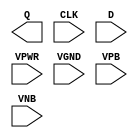
/**
 * Copyright 2020 The SkyWater PDK Authors
 *
 * Licensed under the Apache License, Version 2.0 (the "License");
 * you may not use this file except in compliance with the License.
 * You may obtain a copy of the License at
 *
 *     https://www.apache.org/licenses/LICENSE-2.0
 *
 * Unless required by applicable law or agreed to in writing, software
 * distributed under the License is distributed on an "AS IS" BASIS,
 * WITHOUT WARRANTIES OR CONDITIONS OF ANY KIND, either express or implied.
 * See the License for the specific language governing permissions and
 * limitations under the License.
 *
 * SPDX-License-Identifier: Apache-2.0
 */

`ifndef SKY130_FD_SC_MS__DFXTP_PP_BLACKBOX_V
`define SKY130_FD_SC_MS__DFXTP_PP_BLACKBOX_V

/**
 * dfxtp: Delay flop, single output.
 *
 * Verilog stub definition (black box with power pins).
 *
 * WARNING: This file is autogenerated, do not modify directly!
 */

`timescale 1ns / 1ps
`default_nettype none

(* blackbox *)
module sky130_fd_sc_ms__dfxtp (
    Q   ,
    CLK ,
    D   ,
    VPWR,
    VGND,
    VPB ,
    VNB
);

    output Q   ;
    input  CLK ;
    input  D   ;
    input  VPWR;
    input  VGND;
    input  VPB ;
    input  VNB ;
endmodule

`default_nettype wire
`endif  // SKY130_FD_SC_MS__DFXTP_PP_BLACKBOX_V